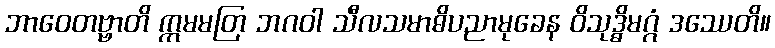
ဘာဝေတဗ္ဗာတိ ဣမမတြ ဘဂဝါ သီလသမာဓိပညာမုခေန ဝိသုဒ္ဓိမဂ္ဂံ ဒဿေတိ။